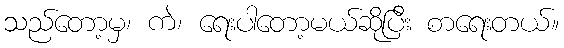
သည်တော့မှ၊ ကဲ၊ ရေးပါတော့မယ်ဆိုပြီး စာရေးတယ်။